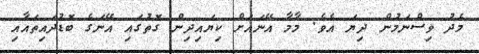
މެދު ވިސްނަމުން ދިޔަ އެވެ. މާމާ އޭނައަށް ކިޔައިދިން ގޮތުގައި އޭނަގެ ބޮޑުދައިތައާއި